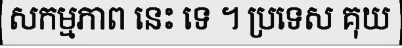
សកម្មភាព នេះ ទេ ។ ប្រទេស គុយ